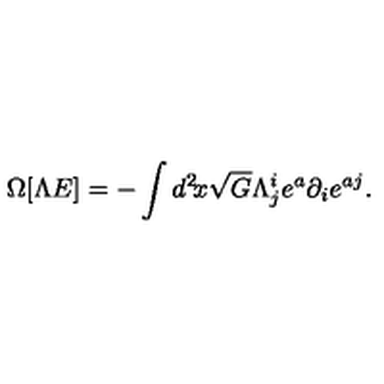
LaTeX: \Omega [ \Lambda E ] = - \int d ^ { 2 } \! x \sqrt { G } \Lambda _ { j } ^ { i } e ^ { a } \partial _ { i } e ^ { a j } .